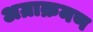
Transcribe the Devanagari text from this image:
अग्राक्रमण